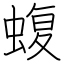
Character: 蝮